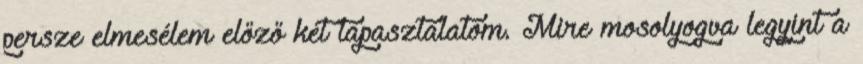
persze elmesélem előző két tapasztalatom. Mire mosolyogva legyint a